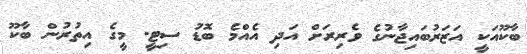
ބާކޫއަކީ އަޒަރުބައިޖާނުގެ ވެރިރަށް އަދި އެއްމެ ބޮޑު ސިޓީ. މީގެ އިތުރުން ބާކޫ